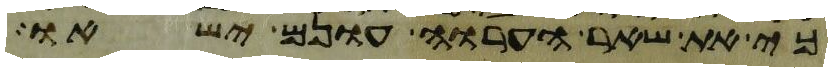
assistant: כי את שאר הערוה עונם ישאו